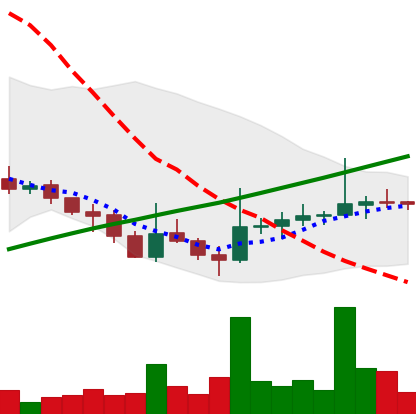
Ticker: DOGE-USD
Chart end date: 2021-07-29
Forward return: -4.228%
Label: down_3_5